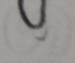
Signature authenticity: forged